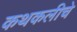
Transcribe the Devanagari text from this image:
कथकलीचे